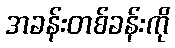
အခန်းတစ်ခန်းကို